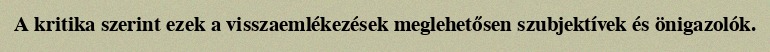
A kritika szerint ezek a visszaemlékezések meglehetősen szubjektívek és önigazolók.